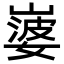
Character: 𡼃